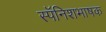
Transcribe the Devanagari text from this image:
स्पॅनिशभाषक